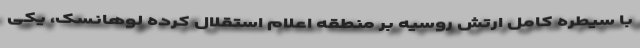
با سیطره کامل ارتش روسیه بر منطقه اعلام استقلال کرده لوهانسک، یکی